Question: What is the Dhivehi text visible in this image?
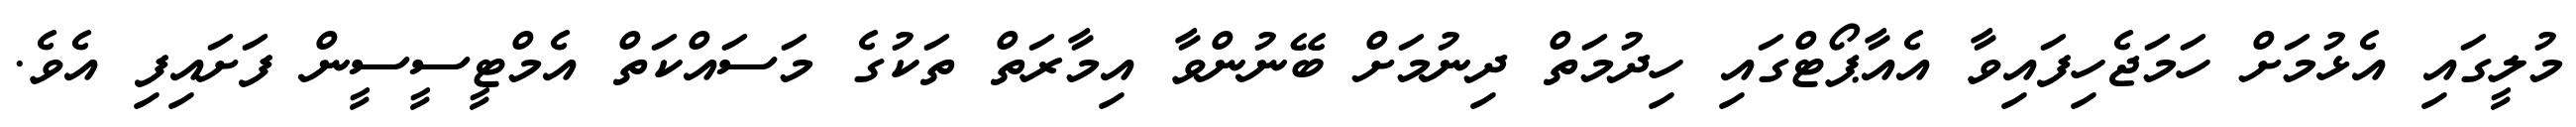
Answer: މުލީގައި އެޅުމަށް ހަމަޖެހިފައިވާ އެއާޕޯޓްގައި ހިދުމަތް ދިނުމަށް ބޭނުންވާ އިމާރަތް ތަކުގެ މަސައްކަތް އެމްޓީސީސީން ފަށައިފި އެވެ.